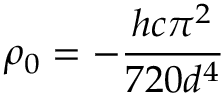
\rho _ { 0 } = - \frac { h c \pi ^ { 2 } } { 7 2 0 d ^ { 4 } }